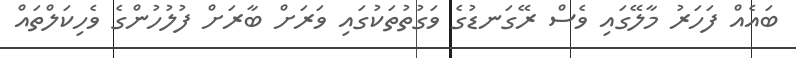
ބައެއް ފަހަރު މާލޭގައި ވެސް ރޭގަނޑުގެ ވަގުތުތަކުގައި ވަރަށް ބާރަށް ފުލުހުންގެ ވެހިކަލްތައް